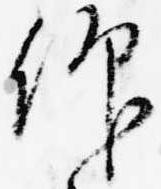
仰